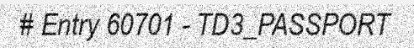
# Entry 60701 - TD3_PASSPORT